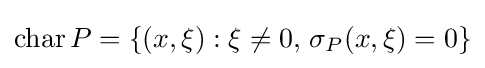
{\rm {char}}\,P=\{(x,\xi ):\xi \neq 0,\,\sigma _{P}(x,\xi )=0\}